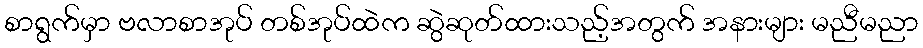
စာရွက်မှာ ဗလာစာအုပ် တစ်အုပ်ထဲက ဆွဲဆုတ်ထားသည့်အတွက် အနားများ မညီမညာ